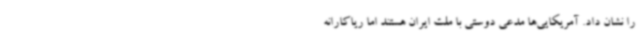
را نشان داد. آمریکایی‌ها مدعی دوستی با ملت ایران هستند اما ریاکارانه